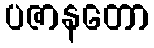
ပဇာနတော